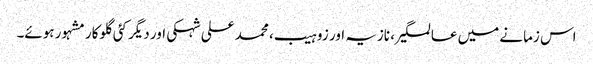
اس زمانے میں عالمگیر، نازیہ اور زوہیب، محمد علی شہکی اور دیگر کئی گلوکار مشہور ہوئے۔